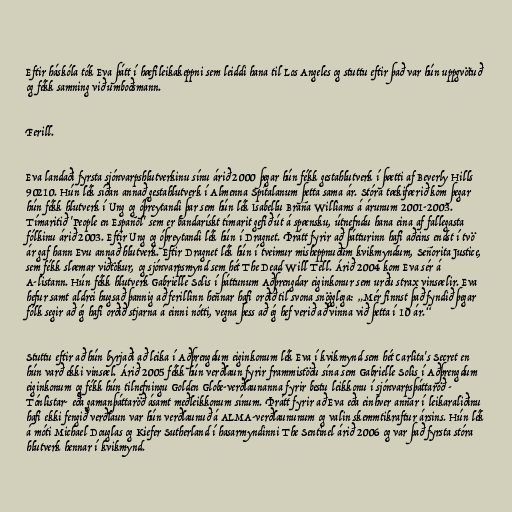
Eftir háskóla tók Eva þátt í hæfileikakeppni sem leiddi hana til Los Angeles og stuttu eftir það var hún uppgvötuð
og fékk samning við umboðsmann.

Ferill.

Eva landaði fyrsta sjónvarpshlutverkinu sínu árið 2000 þegar hún fékk gestahlutverk í þætti af Beverly Hills
90210. Hún lék síðan annað gestahlutverk í Almenna Spítalanum þetta sama ár. Stóra tækifærið kom þegar
hún fékk hlutverk í Ung og óþreytandi þar sem hún lék Isabellu Braña Williams á árunum 2001-2003.
Tímaritið 'People en Español' sem er bandarískt tímarit gefið út á spænsku, útnefndu hana eina af fallegasta
fólkinu árið 2003. Eftir Ung og óþreytandi lék hún í Dragnet. Þrátt fyrir að þátturinn hafi aðeins endst í tvö
ár gaf hann Evu annað hlutverk. Eftir Dragnet lék hún í tveimur misheppnuðum kvikmyndum, Señorita Justice,
sem fékk slæmar viðtökur, og sjónvarpsmynd sem hét The Dead Will Tell. Árið 2004 kom Eva sér á
A-listann. Hún fékk hlutverk Gabrielle Solis í þáttunum Aðþrengdar eiginkonur sem urðu strax vinsælir. Eva
hefur samt aldrei hugsað þannig að ferillinn hennar hafi orðið til svona snögglega: „Mér finnst það fyndið þegar
fólk segir að ég hafi orðið stjarna á einni nótti, vegna þess að ég hef verið að vinna við þetta í 10 ár.“

Stuttu eftir að hún byrjaði að leika í Aðþrengdum eiginkonum lék Eva í kvikmynd sem hét Carlita's Secret en
hún varð ekki vinsæl. Árið 2005 fékk hún verðlaun fyrir frammistöðu sína sem Gabrielle Solis í Aðþrengdum
eiginkonum og fékk hún tilnefningu Golden Globe-verðlaunanna fyrir bestu leikkonu í sjónvarpsþáttaröð -
Tónlistar- eða gamanþáttaröð ásamt meðleikkonum sínum. Þrátt fyrir að Eva eða einhver annar í leikaraliðinu
hafi ekki fengið verðlaun var hún verðlaunuð á ALMA-verðlaununum og valin skemmtikraftur ársins. Hún lék
á móti Michael Douglas og Kiefer Sutherland í hasarmyndinni The Sentinel árið 2006 og var það fyrsta stóra
hlutverk hennar í kvikmynd.